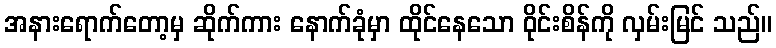
အနားရောက်တော့မှ ဆိုက်ကား နောက်ခုံမှာ ထိုင်နေသော ဝိုင်းစိန်ကို လှမ်းမြင် သည်။